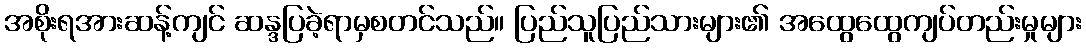
အစိုးရအားဆန့်ကျင် ဆန္ဒပြခဲ့ရာမှစတင်သည်။ ပြည်သူပြည်သားများ၏ အထွေထွေကျပ်တည်းမှုများ